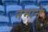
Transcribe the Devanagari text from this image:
नभाने